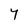
Character: 7